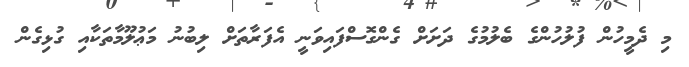
މި ދެމީހުން ފުލުހުންގެ ބެލުމުގެ ދަށަށް ގެންގޮސްފައިވަނީ އެފަރާތަށް ލިބުނު މަޢުލޫމާތަކާއި ގުޅިގެން